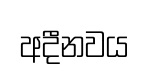
අදීනවය